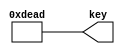
module secret_key_register (
    output[15:0] key  // 16-bit registered secret key output
);
    
    assign key = 16'hDEAD;
   
endmodule